Civil Veterinary Dept. Assam report 1911-1927 - 1911-1927
Year: 1911
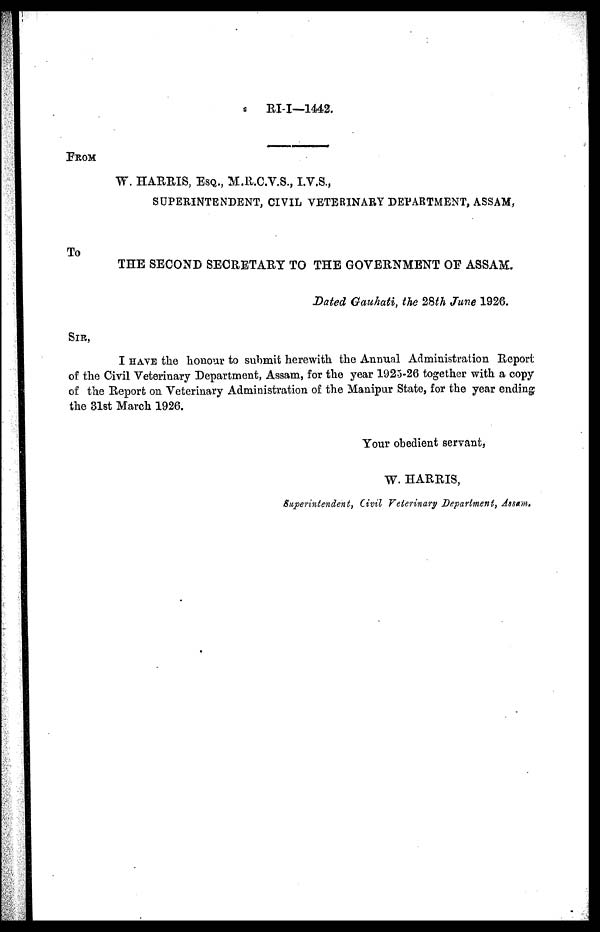
RI-I—1442.
FROM
W. HARRIS, ESQ., M.R.C.V.S., I.V.S.,
SUPERINTENDENT, CIVIL VETERINARY DEPARTMENT, ASSAM,
To
THE SECOND SECRETARY TO THE GOVERNMENT OF ASSAM.
Dated Gauhati, the 28th June 1926.
SIR,
I HAVE the honour to submit herewith, the Annual Administration Report
of the Civil Veterinary Department, Assam, for the year 1925-26 together with a copy
of the Report on Veterinary Administration of the Manipur State, for the year ending
the 31st March 1926.
Your obedient servant,
W. HARRIS,
Superintendent, Civil Veterinary Department, Assam.